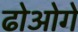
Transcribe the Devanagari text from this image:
ढोओगे